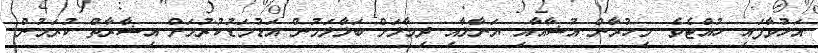
އަޅުވާފައި ހުއްޓެވެ. މިހުރާން އުޝާއާއި ޔަނާލާއި ދިމާލަށް ބަލާލަމުން އަޑުމަޑުކުރުމަށް އިޝާރާތް ކުރަމުން